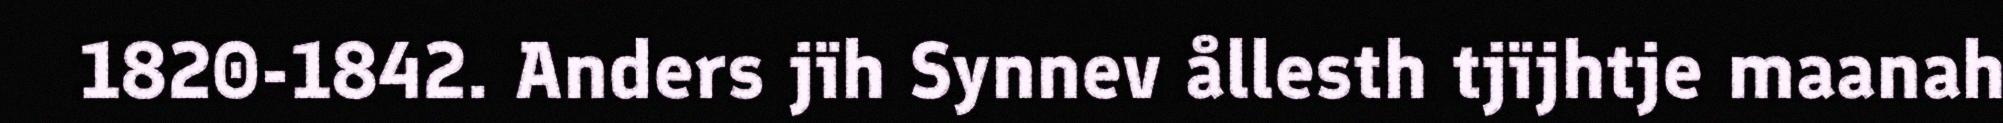
1820-1842. Anders jïh Synnev ållesth tjïjhtje maanah